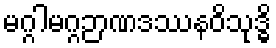
မဂ္ဂါမဂ္ဂဉာဏဒဿနဝိသုဒ္ဓိ